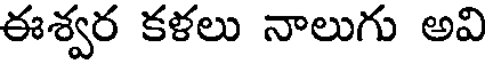
ఈశ్వర కళలు నాలుగు అవి